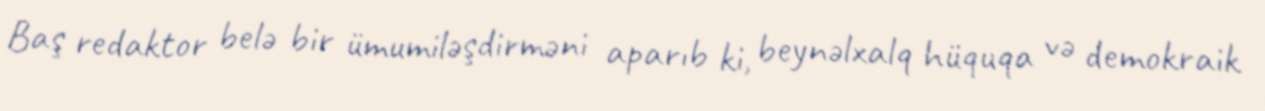
Baş redaktor belə bir ümumiləşdirməni aparıb ki, beynəlxalq hüquqa və demokraik